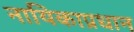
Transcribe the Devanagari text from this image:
नायिकाप्रधान